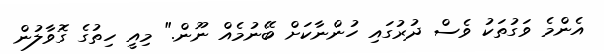
އެންމެ ވަގުތަކު ވެސް ދުރުގައި ހުންނާކަށް ބޭނުމެއް ނޫން." މިއީ ހިތުގެ ގޮވާލުން